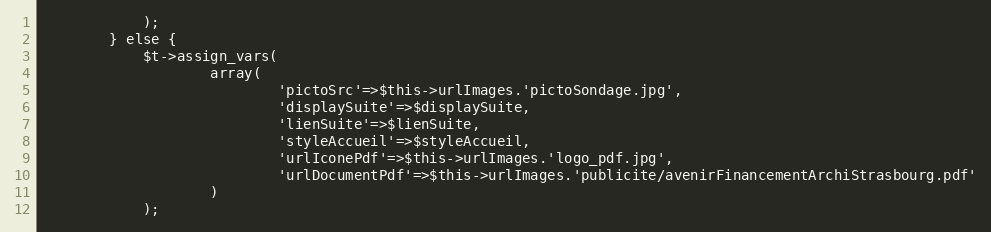
Language: PHP
			);
		} else {
			$t->assign_vars(
					array(
							'pictoSrc'=>$this->urlImages.'pictoSondage.jpg',
							'displaySuite'=>$displaySuite,
							'lienSuite'=>$lienSuite,
							'styleAccueil'=>$styleAccueil,
							'urlIconePdf'=>$this->urlImages.'logo_pdf.jpg',
							'urlDocumentPdf'=>$this->urlImages.'publicite/avenirFinancementArchiStrasbourg.pdf'
					)
			);